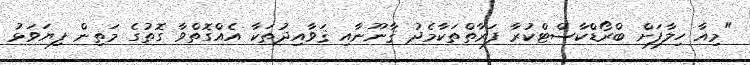
"މިއާ ހިލާފަށް ބްރޯޑްކާސްޓްކުރާ ފަރާތްތަކާމެދު ޤާނޫނާއި ޤަވާއިދުތަކާ އެއްގޮތްވާ ގޮތުގެ މަތިން ފިޔަވަޅު